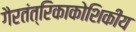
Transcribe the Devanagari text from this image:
गैरतंत्रिकाकोशिकीय